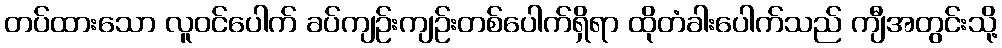
တပ်ထားသော လူဝင်ပေါက် ခပ်ကျဉ်းကျဉ်းတစ်ပေါက်ရှိရာ ထိုတံခါးပေါက်သည် ကျီအတွင်းသို့